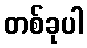
တစ်ခုပါ